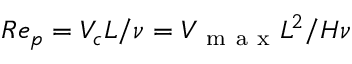
R e _ { p } = V _ { c } L / \nu = V _ { \mathrm { ~ m ~ a ~ x ~ } } L ^ { 2 } / H \nu